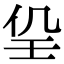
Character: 𡔟